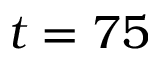
t = 7 5